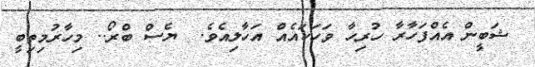
ޝަބީން އެެއްފަހާރާ ހުރިހާ ވަހަކައެއް އަހާލިއެވެ.  ޔެސް ބްރޯ.. މިހާރުމިތިބީ